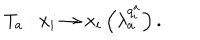
T _ { a } : x _ { i } \rightarrow x _ { i } \left( \lambda _ { a } ^ { q _ { i } ^ { a } } \right) .